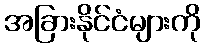
အခြားနိုင်ငံများကို